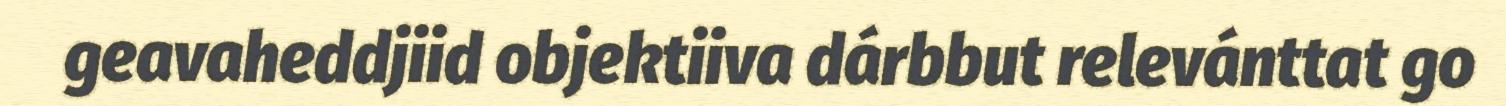
geavaheddjiid objektiiva dárbbut relevánttat go